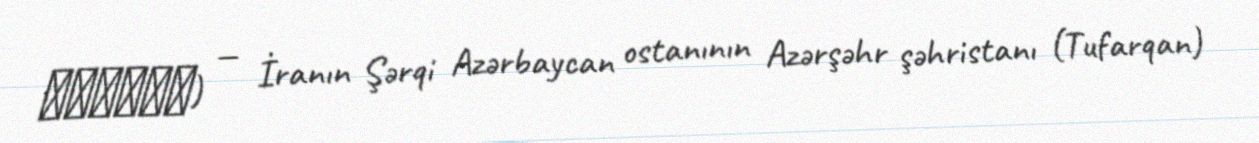
داشكسن) — İranın Şərqi Azərbaycan ostanının Azərşəhr şəhristanı (Tufarqan)